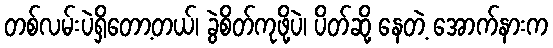
တစ်လမ်းပဲရှိတော့တယ်၊ ခွဲစိတ်ကုဖို့ပဲ၊ ပိတ်ဆို့ နေတဲ့ အောက်နားက